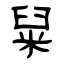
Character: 䊆